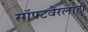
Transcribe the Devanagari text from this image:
सॉफ्टवेरलाही